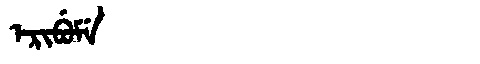
Manchu: ᡝᡵᡳᠪᡠᠮᡝ
Romanization: ERIBUME